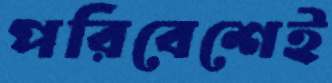
পরিবেশেই